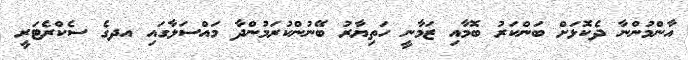
އާންމުންނާ ދެކޮޅަށް ބަންކަރު ބޮމާއި ޒަމާނީ ހަތިޔާރު ބޭނުންކުރަމުންދާ މައްސަލާގައި އދގެ ސެކްރެޓަރީ